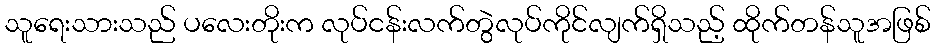
သူရေးသားသည် ပလေးတိုးက လုပ်ငန်းလက်တွဲလုပ်ကိုင်လျက်ရှိသည့် ထိုက်တန်သူအဖြစ်